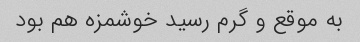
به موقع و گرم رسید خوشمزه هم بود